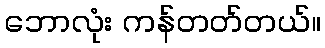
ဘောလုံး ကန်တတ်တယ်။